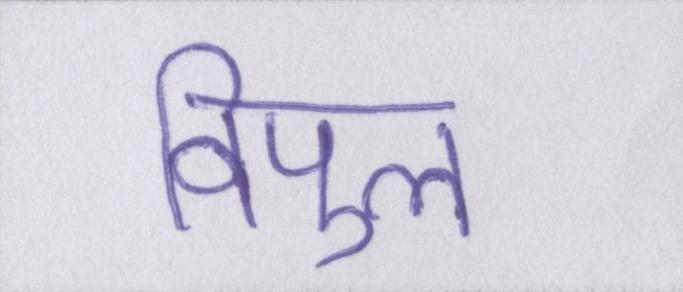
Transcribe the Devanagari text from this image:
विपुल